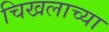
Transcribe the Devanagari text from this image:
चिखलाच्या